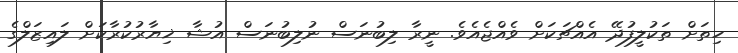
ހިތަށް ތަކުލީފުދޭ އެއްޗަކަށް ވެއްޖެއެވެ. ނީރާ ލިބުނަސް ނުލިބުނަސް އުޝާ ޚިޔާރުކުރާކަށް ލައިޒަލްގެ